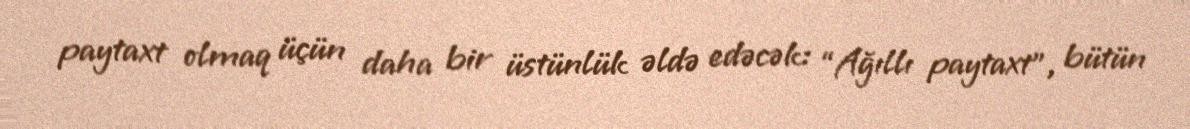
paytaxt olmaq üçün daha bir üstünlük əldə edəcək: “Ağıllı paytaxt”, bütün